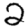
Digit: 2